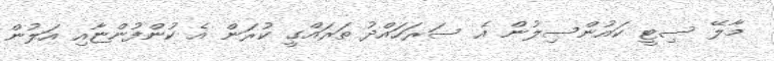
މާލޭ ސިޓީ ކައުންސިލުން އެ ސަރަހައްދު ތަރައްގީ ކުރަން އެ ކުންފުންޏާއި އަލުން